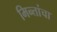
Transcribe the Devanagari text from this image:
मिन्तांचा